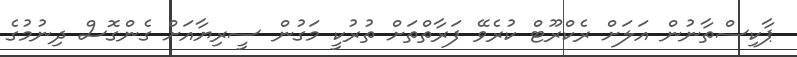
ޕާކިސްތާނުން އަލަށް ރެކްރޫޓް ކުރެވޭ ފަރާތްތަށް ތުރުކީ މަގުން ސީރިޔާއަށް ގެންގޮސް ދިނުމުގެ